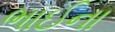
ભાઈના